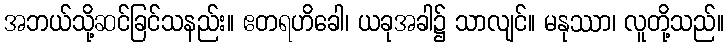
အဘယ်သို့ဆင်ခြင်သနည်း။ ဧတရဟိခေါ၊ ယခုအခါ၌ သာလျင်။ မနုဿာ၊ လူတို့သည်။